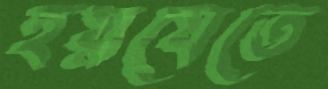
হয়যেতে